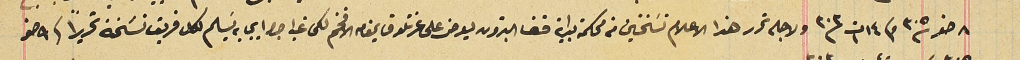
٨ صفر سنة ٣٠٥ وفى ١٤ ت١ سنة ٣٠٣ ولاجله تحرر هذا الاعلام نسَختين من محكمة بداية قضا البترون يعرض على عزتلو قايمقام الافخم لكى غب اجرا ايجابه تسليم لكل فريق نسَخة تحريراً فى ٩ صفر